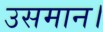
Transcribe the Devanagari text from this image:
उसमान।